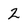
Character: 2